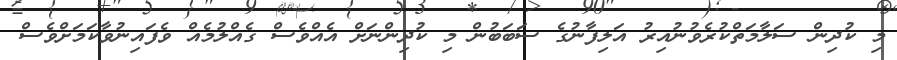
މި ކުދިން ސަލާމަތްކުރެވުނުއިރު އަލިފާނުގެ ސަބަބުން މި ކުދިންނަށް އެއްވެސް ގެއްލުމެއް ވެފައިނުވާކަމަށްވެސް